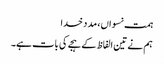
ہمت نسواں، مد د خدا
ہم نے تین الفاظ کے ہجے کی بات ہے۔